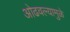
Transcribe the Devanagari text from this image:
ओढवल्यामुळे